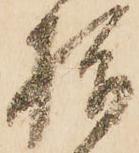
指